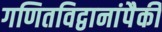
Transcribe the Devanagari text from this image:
गणितविद्वानांपैकी